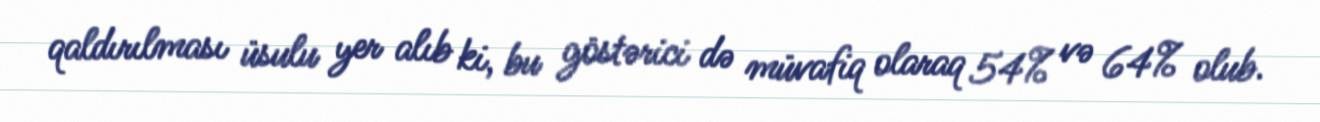
qaldırılması üsulu yer alıb ki, bu göstərici də müvafiq olaraq 54% və 64% olub.